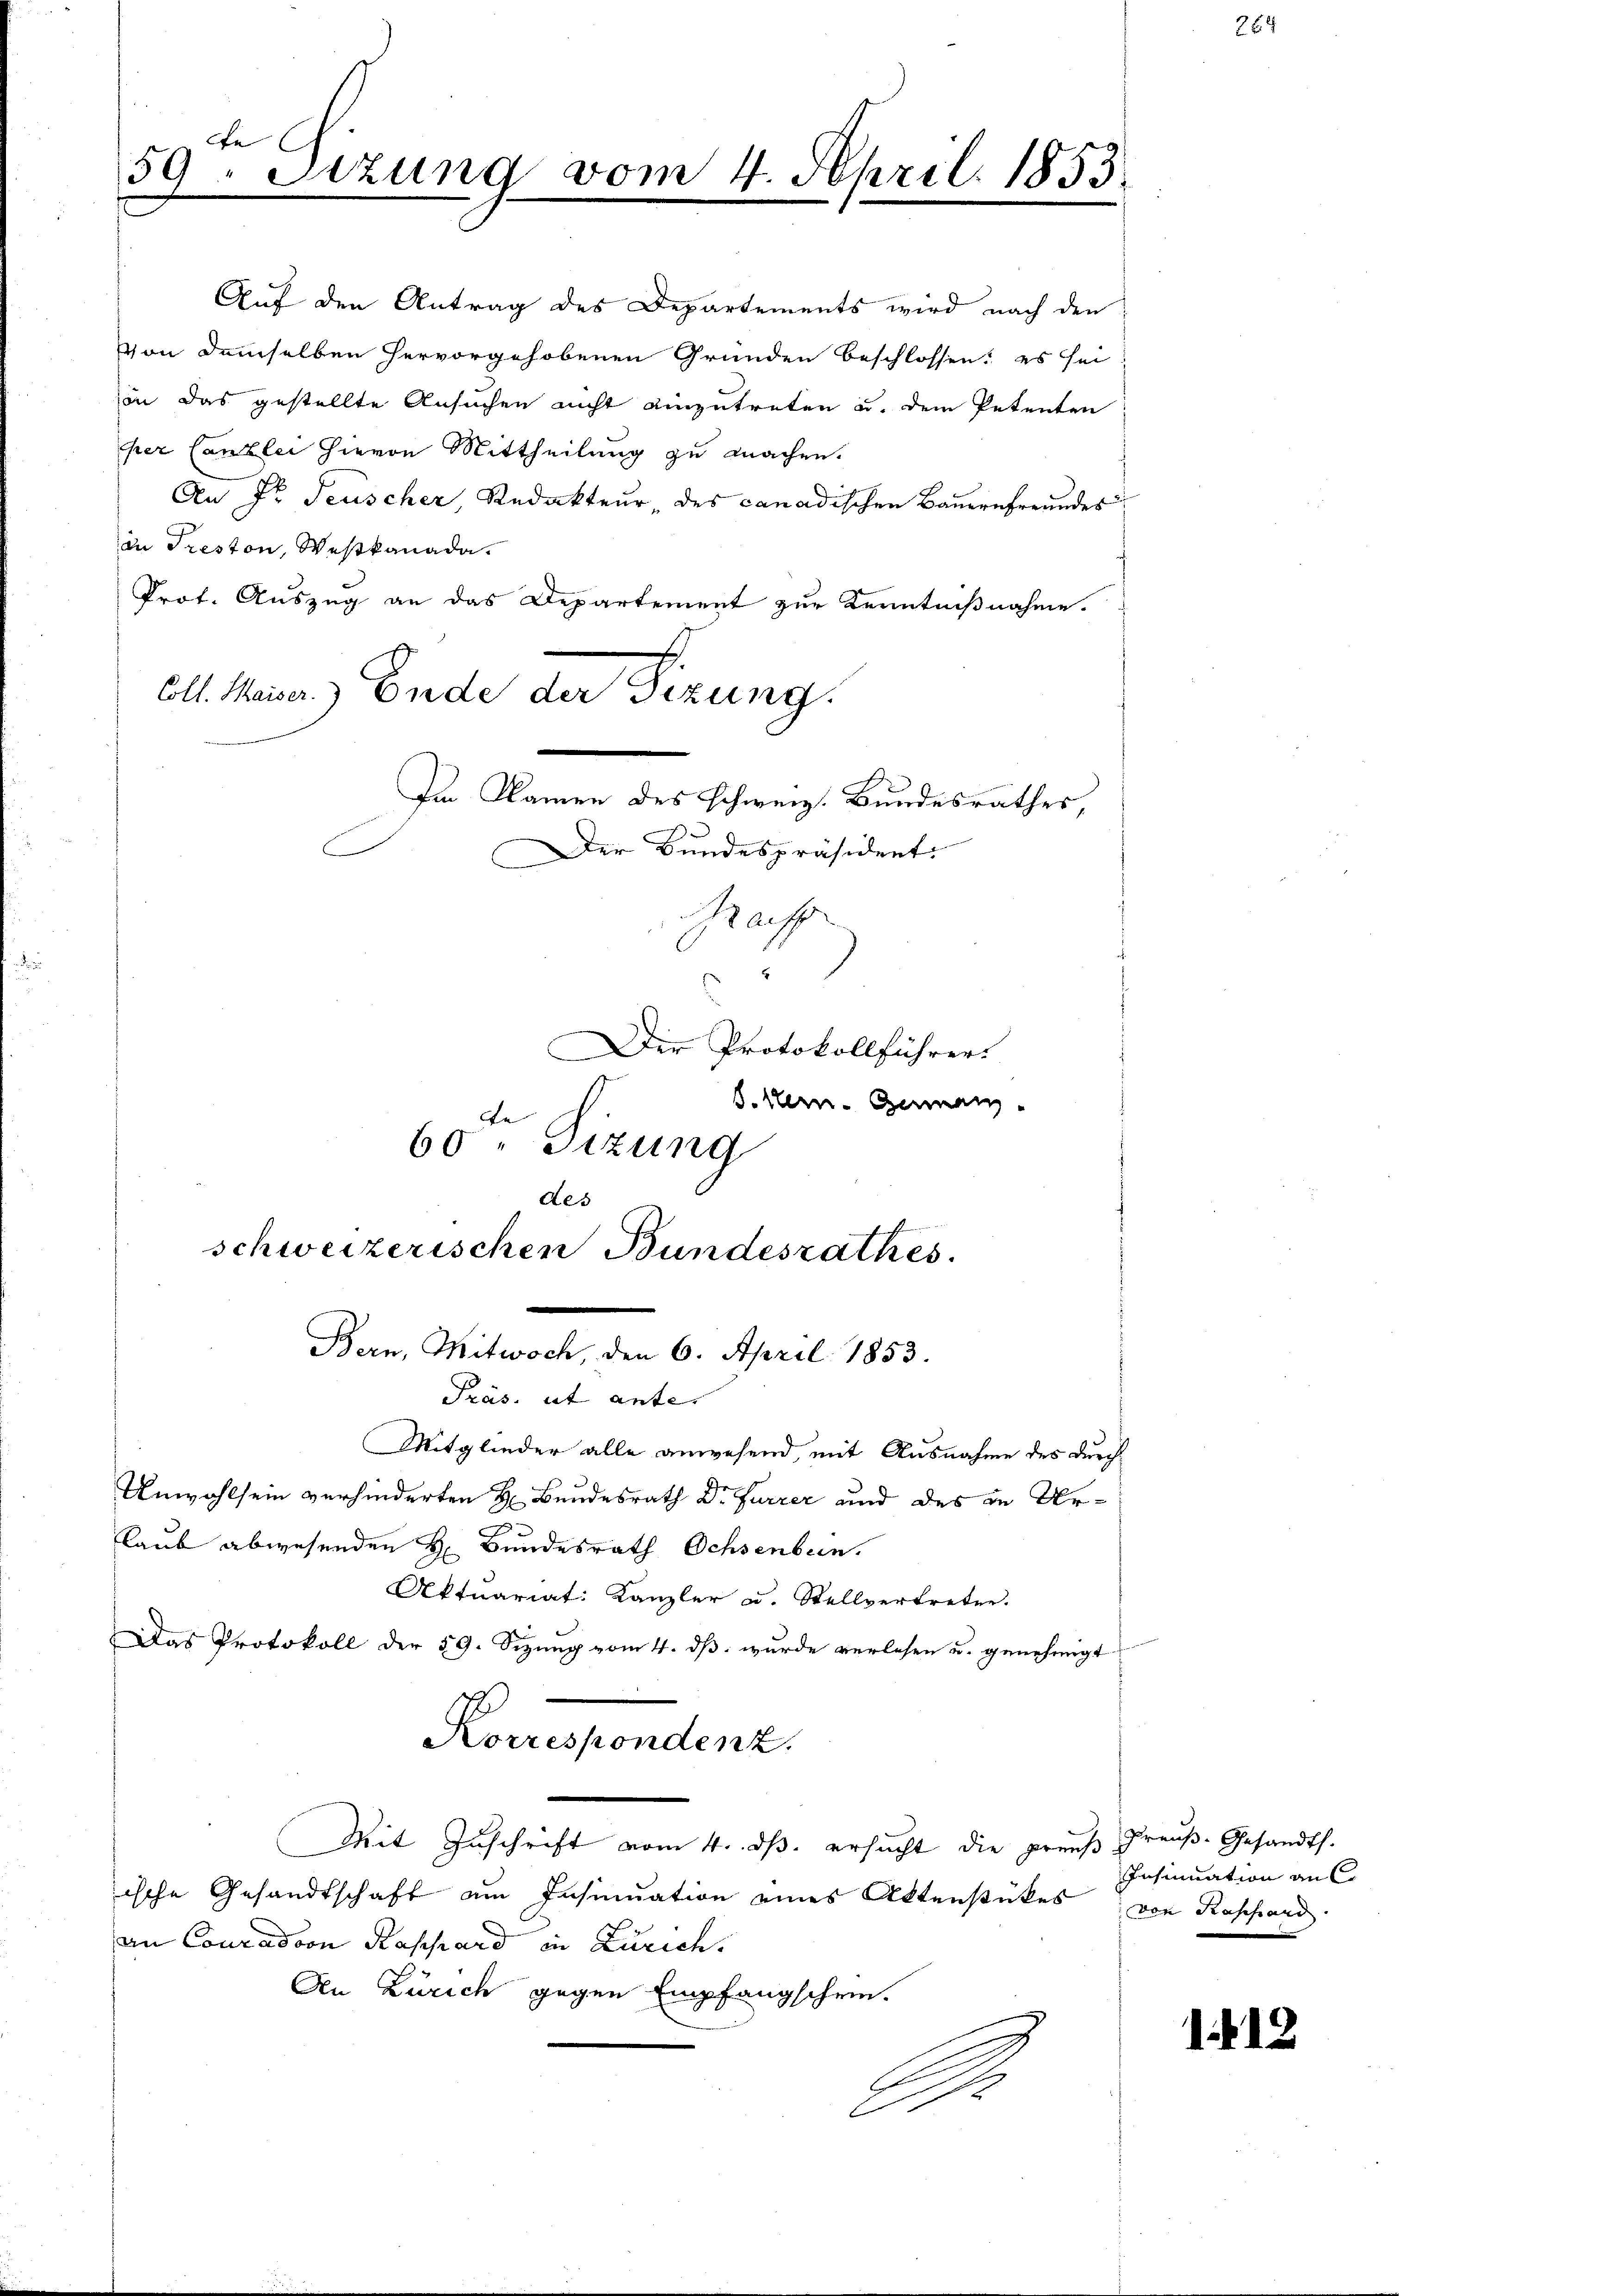
te
59. Sitzung vom 4. April 1853.

Von demselben hervorgehobenen Gründen beschlossen: es sei
von das gestellte Ansuchen nicht einzutreten u. dem Petenten
per Canzlei hievon Mittheilung zu machen.
An Dr. Teuscher Redakteur des canadischen Bauernfreundes
in Treston, Westkanada.
Prof. Auszug an das Departement zur Kenntnißnahme.
Oll. Meier.) Ende der Sizung.
Im Namen des schweiz. Bundesrathes,
Der Bundespräsident.
aff

des
schweizerischen Bundesrathes.
.
Bern, Mitwoch, den 6. April 1853.
Präs. ut unter

Der Protokollführer
S. Nein. Germann
de
60 " Sizung

Auf den Antrag des Departements wird nach den

Mitglieder alle anwesend, mit Ausnahme des durch
Unwohlsein verhinderten H. Bundesrath Dr Furrer und des in Urlaub abwesenden H. Bundesrath Ochsenbein.
Aktuariat Kanzler u. Stellvertreten.
Das Protokoll der 59. Sizung vom 4. ds. wurde verlesen u. genehmigt
Korrespondenz.
Mit Zuschrift vom 4. ds. ersucht die preuß
ische Gesandtschaft am Insinuation eines Aktenstückes
an Couradoon Kassard in Zürich,
Aen Zürich gegen Empfangschein-
A

Preuß-Gesandth.
Insinuation an C
von Kaschard. |

1.12